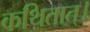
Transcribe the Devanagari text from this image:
कथितात्।